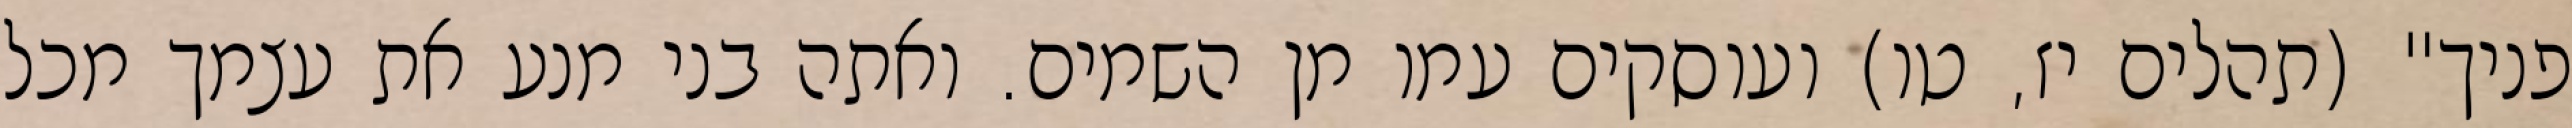
פניך" (תהלים יז, טו) ועוסקים עמו מן השמים. ואתה בני מנע את עצמך מכל